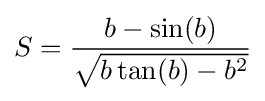
S={\frac {b-\sin(b)}{\sqrt {b\tan(b)-b^{2}}}}